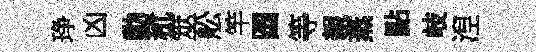
琤凶動秔筮舩竿圆等親蒸點岐湼